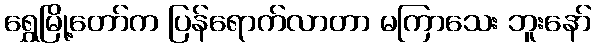
ရွှေမြို့တော်က ပြန်ရောက်လာတာ မကြာသေး ဘူးနော်